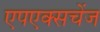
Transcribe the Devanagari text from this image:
एपएक्सचेंज